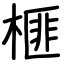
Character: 榧